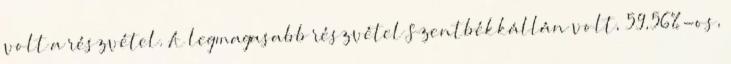
volt a részvétel. A legmagasabb részvétel Szentbékkállán volt, 59,56%-os,